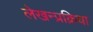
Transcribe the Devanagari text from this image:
लेखन्प्रक्रिया